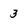
Character: 3